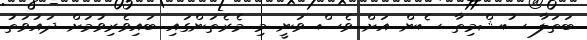
ބަތަލާ ސުޝްމިތާ ސެން އަށް ވެސް ވަނީ މި މެރެތަންގައި ބައިވެރިވުމަށް ދައުވަތު